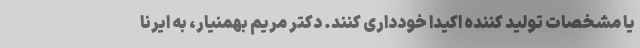
یا مشخصات تولید کننده اکیدا خودداری کنند. دکتر مریم بهمنیار، به ایرنا